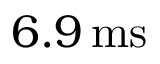
6 . 9 \, \mathrm { m s }